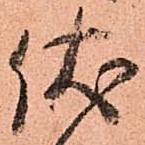
伏